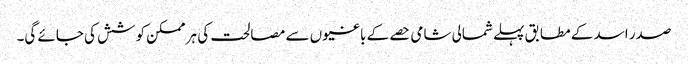
صدر اسد کے مطابق پہلے شمالی شامی حصے کے باغیوں سے مصالحت کی ہر ممکن کوشش کی جائے گی۔